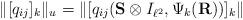
LaTeX: \begin{align*}\|[q_{ij}]_k\|_u= \|[q_{ij}({\bf S}\otimes I_{ \ell^2},\Psi_k({\bf R}))]_{k }\|\end{align*}